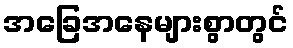
အခြေအနေများစွာတွင်